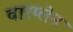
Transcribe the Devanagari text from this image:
वारप्लेन